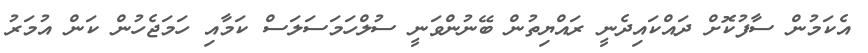
އެކަމުން ސާފުކޮށް ދައްކައިދެނީ ރައްޔިތުން ބޭނުންވަނީ ސުލްހަމަސަލަސް ކަމާއި ހަމަޖެހުން ކަން އުމަރު